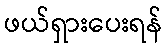
ဖယ်ရှားပေးရန်